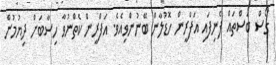
ގޯސް ބަސްތައް ފެނިފައި އަފްރީން ހޮޑުލާން ބޭނުންވިއެވެ. އަފްރީން ކެތްނުވާ ހިސާބަށް ދިޔުމުން